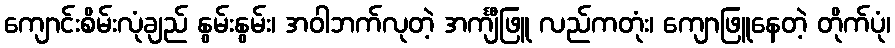
ကျောင်းစိမ်းလုံချည် နွမ်းနွမ်း၊ အဝါဘက်လုတဲ့ အင်္ကျီဖြူ လည်ကတုံး၊ ကျောဖြူနေတဲ့ တိုက်ပုံ၊